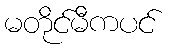
မတိုင်မီကပင်